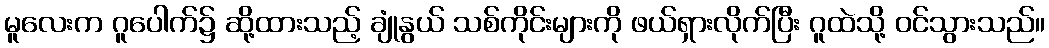
မူလေးက ဂူပေါက်၌ ဆို့ထားသည့် ချုံနွယ် သစ်ကိုင်းများကို ဖယ်ရှားလိုက်ပြီး ဂူထဲသို့ ဝင်သွားသည်။